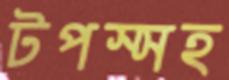
টপস্সহ